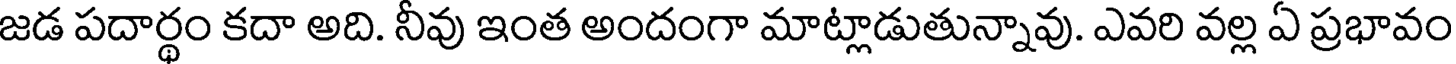
జడ పదార్థం కదా అది. నీవు ఇంత అందంగా మాట్లాడుతున్నావు. ఎవరి వల్ల ఏ ప్రభావం